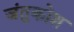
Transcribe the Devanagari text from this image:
जंतुकोश